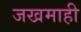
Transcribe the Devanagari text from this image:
जखमाही